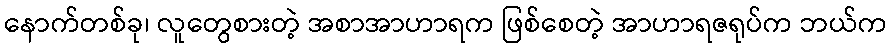
နောက်တစ်ခု၊ လူတွေစားတဲ့ အစာအာဟာရက ဖြစ်စေတဲ့ အာဟာရဇရုပ်က ဘယ်က